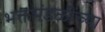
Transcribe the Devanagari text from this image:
भक्तमंडळींच्या